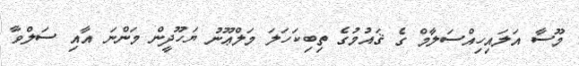
މޫސާ އަަލައިހިއްސަލާމް ގެ ޤައުމުގެ ތިބިކަހަލަ މަލްޢޫނު ޔަހޫދީން މަންނަ އާއި ސަލްވާ